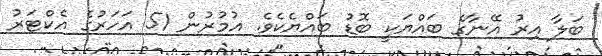
ބަލާ އިރު އޭނާގެ ބައްޔަކީ ބޮޑު ބައްޔެކެވެ. އުމުރުން 51 އަހަރުގެ އެކްޓަރު